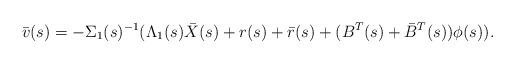
LaTeX: \begin{align*} \bar v(s) = -\Sigma_1(s)^{-1}(\Lambda_1(s)\bar X(s) + r(s) + \bar r(s) + (B^T(s)+\bar{B}^T(s))\phi(s)).\end{align*}